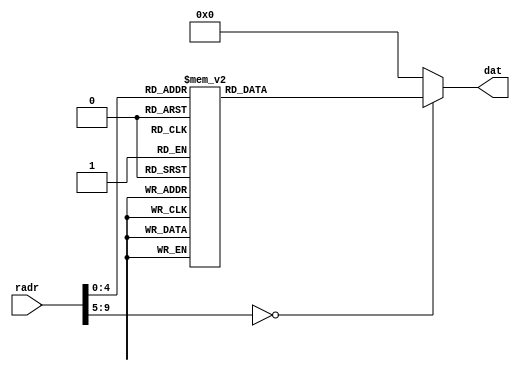
module m_font_rom(input [9:0] radr, output [9:0] dat);
	function [9:0] FontDec;
	input [9:0] dadr;
	begin
		case(dadr)
			10'd00: FontDec=10'h006;
			10'd01: FontDec=10'h382;
			10'd02: FontDec=10'h2bb;
			10'd03: FontDec=10'h2aa;
			10'd04: FontDec=10'h2ea;
			10'd05: FontDec=10'h2ab;
			10'd06: FontDec=10'h2aa;
			10'd07: FontDec=10'h2bb;
			10'd08: FontDec=10'h382;
			10'd09: FontDec=10'h006;
			10'd10: FontDec=10'h000;
			10'd11: FontDec=10'h082;
			10'd12: FontDec=10'h28a;
			10'd13: FontDec=10'h2ab;
			10'd14: FontDec=10'h1ae;
			10'd15: FontDec=10'h1ab;
			10'd16: FontDec=10'h3fa;
			10'd17: FontDec=10'h1ab;
			10'd18: FontDec=10'h1ab;
			10'd19: FontDec=10'h2ab;
			10'd20: FontDec=10'h28a;
			10'd21: FontDec=10'h082;
			10'd22: FontDec=10'h000;
			10'd23: FontDec=10'h07c;
			10'd24: FontDec=10'h044;
			10'd25: FontDec=10'h044;
			10'd26: FontDec=10'h044;
			10'd27: FontDec=10'h3ff;
			10'd28: FontDec=10'h044;
			10'd29: FontDec=10'h044;
			10'd30: FontDec=10'h044;
			10'd31: FontDec=10'h07c;
			default: FontDec=10'h000;
		endcase
	end
	endfunction
	assign dat = FontDec(radr);
endmodule


module m_character_disp(input clk, output [3:0] vga_r, output [3:0] vga_g, output [3:0] vga_b, output vga_hs, output vga_vs);
	reg [9:0] hs_cnt;
	reg [9:0] vs_cnt;
	reg vga_clk, i_vs, i_hs, i_hdisp, i_vdisp;
	wire pixdat;
	wire [9:0] vga_x;
	wire [9:0] vga_y;
	wire [0:9] fontdat;
	
	assign vga_hs=i_hs;
	assign vga_vs=i_vs;
	assign vga_r=(i_hdisp && i_vdisp && pixdat)? 4'hf: 4'd0;
	assign vga_g=(i_hdisp && i_vdisp && pixdat) ? 4'hf: 4'd0;
	assign vga_b=(i_hdisp && i_vdisp && pixdat)? 4'hf : 4'd0;
	
	always @(posedge clk) begin
		vga_clk=~vga_clk;
	end
	
	always @(posedge vga_clk) begin
		if(hs_cnt==10'd799)
			hs_cnt=10'd0;
		else
			hs_cnt=hs_cnt+1;
	end
	
	always @(posedge vga_clk) begin
		if(hs_cnt==10'd0)
			i_hs=1'b0;
		else if(hs_cnt==10'd96)
			i_hs=1'b1;
		else
			i_hs=i_hs;
	end
	
	always @(posedge vga_clk) begin
		if(hs_cnt==10'd144)
			i_hdisp=1'b1;
		else if (hs_cnt==10'd784)
			i_hdisp=1'b0;
		else
			i_hdisp=i_hdisp;
	end
	
	always @(posedge i_hs) begin
		if(vs_cnt==10'd520)
			vs_cnt=10'd0;
		else
			vs_cnt=vs_cnt+1;
	end
	
	always @(posedge i_hs) begin
		if(vs_cnt==10'd0)
			i_vs=1'b1;
		else if(vs_cnt==10'd2)
			i_vs=1'b1;
		else
			i_vs=i_vs;
	end
	
	always @(posedge i_hs) begin
		if(vs_cnt==10'd31)
			i_vdisp=1'b1;
		else if(hs_cnt==10'd511)
			i_vdisp=1'b0;
		else
			i_vdisp=i_vdisp;
	end
	
	
	assign vga_x=hs_cnt-10'd145;
	assign vga_y=vs_cnt-10'd32;
	
	m_font_rom fr(vga_y, fontdat);
	
	assign pixdat=((vga_x>=0)&&(vga_x<10)) ? fontdat[vga_x] : 1'b0;
	
endmodule